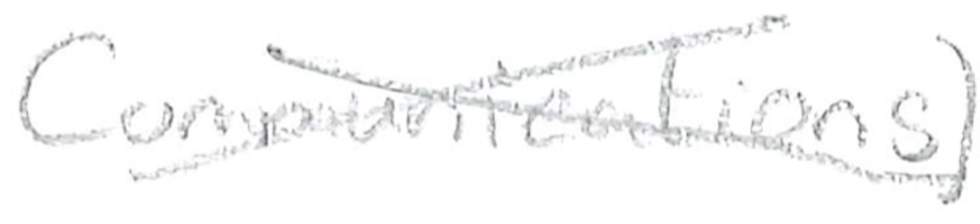
Text: Communications)
Cross-out: cross
Writing tool: pencil